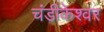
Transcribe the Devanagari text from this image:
चंडीकेश्‍वर